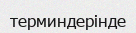
терминдерінде